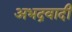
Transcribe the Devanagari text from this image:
अभद्रवादी